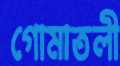
গোমাতলী